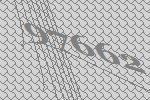
97662